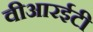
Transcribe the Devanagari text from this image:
वीआरईटी